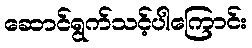
ဆောင်ရွက်သင့်ပါကြောင်း